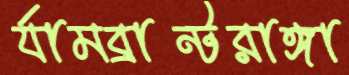
র‍্যামব্রান্টরাঙ্গা